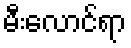
မီးလောင်ရာ